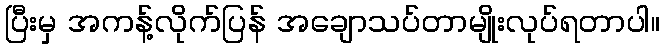
ပြီးမှ အကန့်လိုက်ပြန် အချောသပ်တာမျိုးလုပ်ရတာပါ။